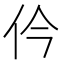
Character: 仱